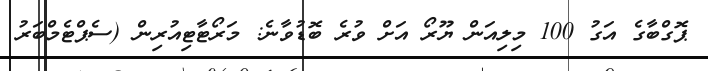
ޕޮގްބާގެ އަގު 100 މިލިއަން ޔޫރޯ އަށް ވުރެ ބޮޑުވާނެ: މަރޯޓާޓިއުރިން (ސެޕްޓެމްބަރު